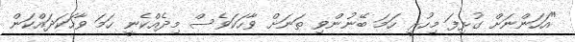
"އަހަންނަށް ގުޅިފަ މިހުރީ ހަމަ ބޭނުންވި ތަނަށް ވާހަކަވެސް މިދެއްކެނީ ހަމަ ވާހަކަދައްކަން